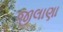
જીલાણા